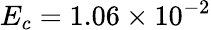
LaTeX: E_{c}=1.06\times 10^{-2}